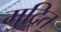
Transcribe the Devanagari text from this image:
मुद्रित